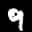
Label: 9